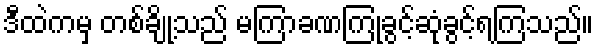
ဒီထဲကမှ တစ်ချို့သည် မကြာခဏကြုံခွင့်ဆုံခွင့်ရကြသည်။